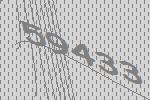
59433